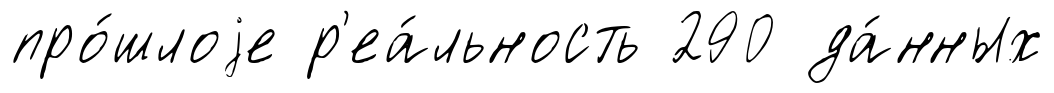
про́шлоjе р'еа́льность 290 да́нных